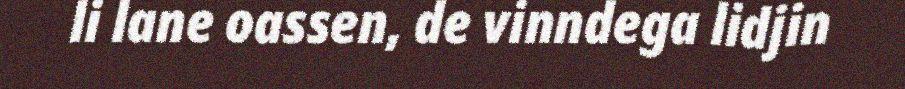
li lane oassen, de vinndega lidjin